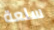
سلعة